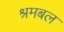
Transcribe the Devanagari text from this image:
श्रमबल